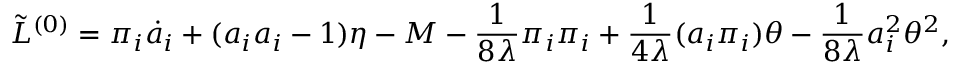
\tilde { L } ^ { ( 0 ) } = \pi _ { i } \dot { a } _ { i } + ( a _ { i } a _ { i } - 1 ) { \eta } - M - \frac { 1 } { 8 \lambda } \pi _ { i } \pi _ { i } + \frac { 1 } { 4 \lambda } ( a _ { i } \pi _ { i } ) \theta - \frac { 1 } { 8 \lambda } a _ { i } ^ { 2 } \theta ^ { 2 } ,